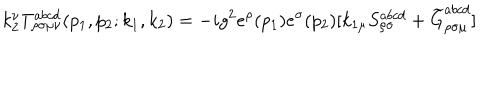
k _ { 2 } ^ { \nu } T _ { \rho \sigma \mu \nu } ^ { a b c d } ( p _ { 1 } , p _ { 2 } ; k _ { 1 } , k _ { 2 } ) = - i g ^ { 2 } e ^ { \rho } ( p _ { 1 } ) e ^ { \sigma } ( p _ { 2 } ) [ k _ { 1 \mu } S _ { \rho \sigma } ^ { a b c d } + \widetilde { G } _ { \rho \sigma \mu } ^ { a b c d } ]